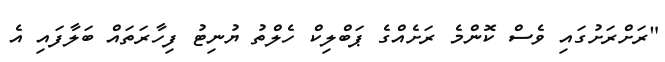
"ރަށްރަށުގައި ވެސް ކޮންމެ ރަށެއްގެ ޕަބްލިކް ހެލްތު ޔުނިޓު ފިހާރަތައް ބަލާފައި އެ